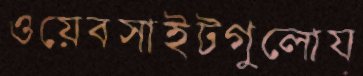
ওয়েবসাইটগুলোয়